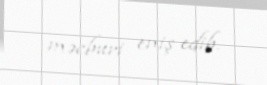
məcburi eniş edib.